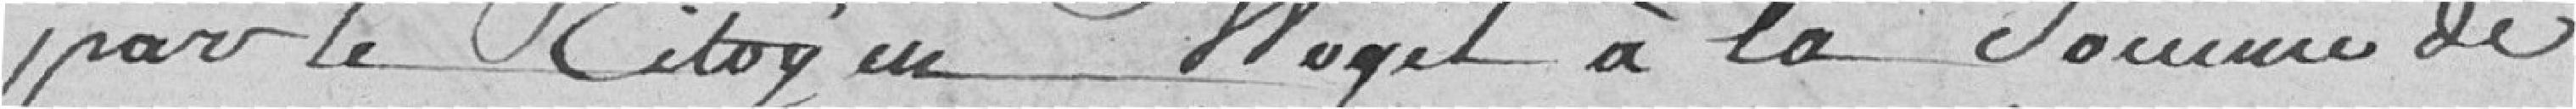
par le Citoyen Noget à la somme de